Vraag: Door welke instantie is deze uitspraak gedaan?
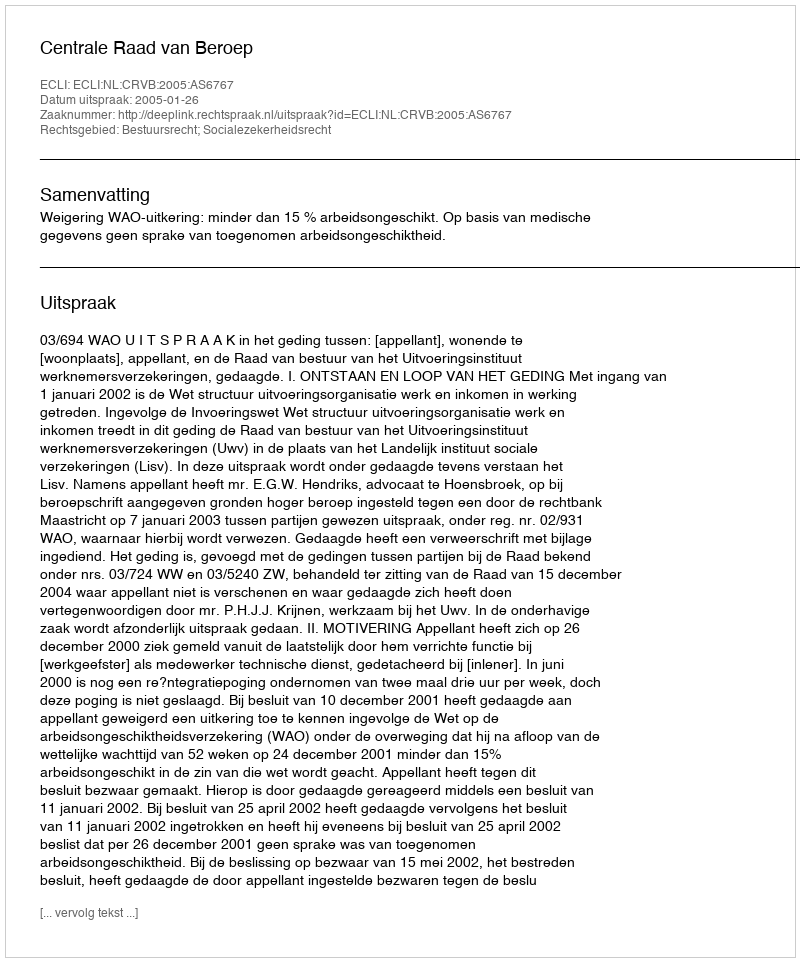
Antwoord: Centrale Raad van Beroep